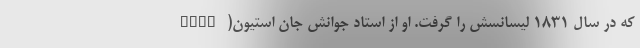
که در سال ۱۸۳۱ لیسانسش را گرفت. او از استاد جوانش جان استیون( John